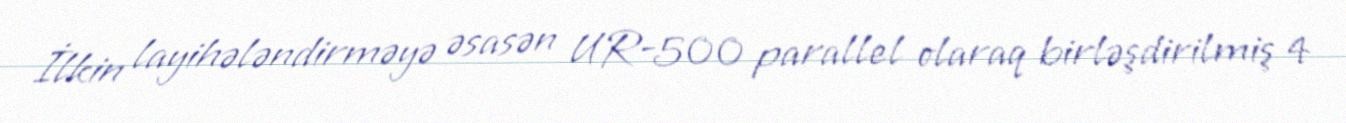
İlkin layihələndirməyə əsasən UR-500 parallel olaraq birləşdirilmiş 4